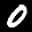
Label: 0